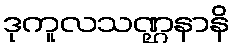
ဒုကူလသဏ္ဌနာနိ